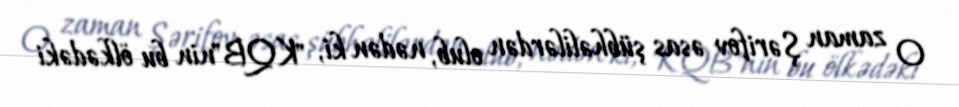
O zaman Şərifov əsas şübhəlilərdən olub, nədən ki, "KQB"nin bu ölkədəki